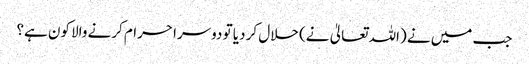
جب میں نے (اللہ تعالیٰ نے) حلال کر دیا تو دوسرا حرام کرنے والا کون ہے؟